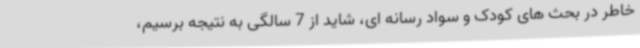
خاطر در بحث های کودک و سواد رسانه ای، شاید از 7 سالگی به نتیجه برسیم،